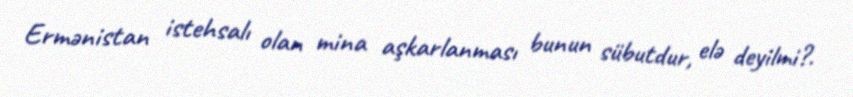
Ermənistan istehsalı olan mina aşkarlanması bunun sübutdur, elə deyilmi?.